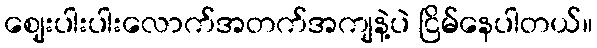
ဈေးပါးပါးလောက်အတက်အကျနဲ့ပဲ ငြိမ်နေပါတယ်။